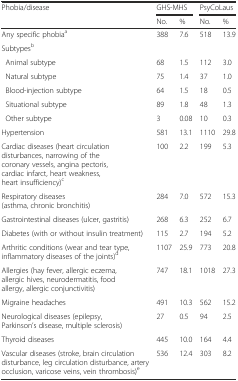
| <ROWSPAN=2> Phobia/disease | <COLSPAN=2> GHS-MHS | <COLSPAN=2> PsyCoLaus |
 | No. | % | No. | % |
 | --- | --- | --- | --- | --- |
 | Any specific phobiaa | 388 | 7.6 | 518 | 13.9 |
 | Subtypesb |  |  |  |  |
 | Animal subtype | 68 | 1.5 | 112 | 3.0 |
 | Natural subtype | 75 | 1.4 | 37 | 1.0 |
 | Blood-injection subtype | 64 | 1.5 | 18 | 0.5 |
 | Situational subtype | 89 | 1.8 | 48 | 1.3 |
 | Other subtype | 3 | 0.08 | 10 | 0.3 |
 | Hypertension | 581 | 13.1 | 1110 | 29.8 |
 | Cardiac diseases (heart circulation disturbances, narrowing of the coronary vessels, angina pectoris, cardiac infarct, heart weakness, heart insufficiency)c | 100 | 2.2 | 199 | 5.3 |
 | Respiratory diseases (asthma, chronic bronchitis) | 284 | 7.0 | 572 | 15.3 |
 | Gastrointestinal diseases (ulcer, gastritis) | 268 | 6.3 | 252 | 6.7 |
 | Diabetes (with or without insulin treatment) | 115 | 2.7 | 194 | 5.2 |
 | Arthritic conditions (wear and tear type, inflammatory diseases of the joints)d | 1107 | 25.9 | 773 | 20.8 |
 | Allergies (hay fever, allergic eczema, allergic hives, neurodermatitis, food allergy, allergic conjunctivitis) | 747 | 18.1 | 1018 | 27.3 |
 | Migraine headaches | 491 | 10.3 | 562 | 15.2 |
 | Neurological diseases (epilepsy, Parkinson’s disease, multiple sclerosis) | 27 | 0.5 | 94 | 2.5 |
 | Thyroid diseases | 445 | 10.0 | 164 | 4.4 |
 | Vascular diseases (stroke, brain circulation disturbance, leg circulation disturbance, artery occlusion, varicose veins, vein thrombosis)e | 536 | 12.4 | 303 | 8.2 |